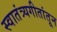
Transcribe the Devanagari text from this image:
स्वातंत्र्यगीतांतून